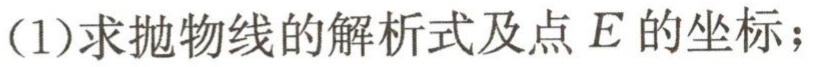
(1)求抛物线的解析式及点\(E\)的坐标；